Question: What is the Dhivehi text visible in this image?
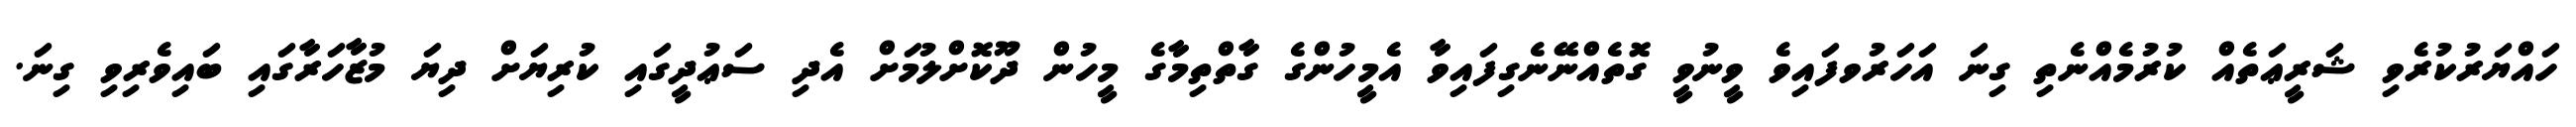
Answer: ހައްޔަރުކުރެވި ޝަރީޢަތެއް ކުރުމެއްނެތި ގިނަ އަހަރުވފައިވެ ވީނުވީ ގޮތެއްނޭނެގިފައިވާ އެމީހުންގެ ގާތްތިމާގެ މީހުން ދޫކޮށްލުމަށް އެދި ސަޢުދީގައި ކުރިޔަށް ދިޔަ މުޒާހަރާގައި ބައިވެރިވި ގިނަ.